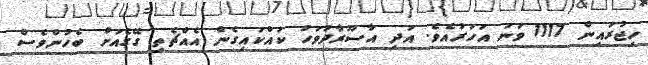
ހިޖުރައިން 1117 ވަނަ އަހަރުއެވެ. އަދި އާސޫރާދުވަހު ކައްކައިގެން އެއްޗެތި ގޭގެއަށް ބެހުންވެސް